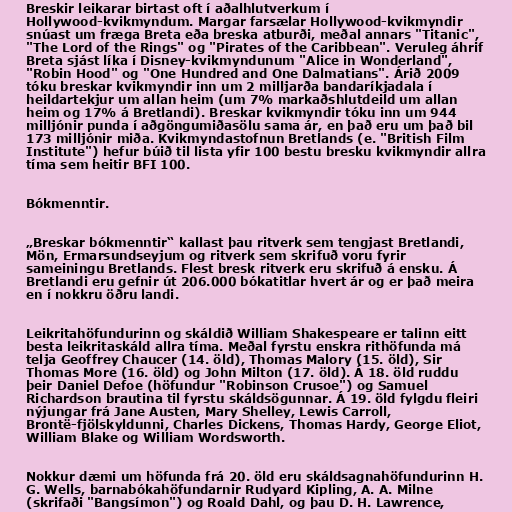
Breskir leikarar birtast oft í aðalhlutverkum í
Hollywood-kvikmyndum. Margar farsælar Hollywood-kvikmyndir
snúast um fræga Breta eða breska atburði, meðal annars "Titanic",
"The Lord of the Rings" og "Pirates of the Caribbean". Veruleg áhrif
Breta sjást líka í Disney-kvikmyndunum "Alice in Wonderland",
"Robin Hood" og "One Hundred and One Dalmatians". Árið 2009
tóku breskar kvikmyndir inn um 2 milljarða bandaríkjadala í
heildartekjur um allan heim (um 7% markaðshlutdeild um allan
heim og 17% á Bretlandi). Breskar kvikmyndir tóku inn um 944
milljónir punda í aðgöngumiðasölu sama ár, en það eru um það bil
173 milljónir miða. Kvikmyndastofnun Bretlands (e. "British Film
Institute") hefur búið til lista yfir 100 bestu bresku kvikmyndir allra
tíma sem heitir BFI 100.

Bókmenntir.

„Breskar bókmenntir“ kallast þau ritverk sem tengjast Bretlandi,
Mön, Ermarsundseyjum og ritverk sem skrifuð voru fyrir
sameiningu Bretlands. Flest bresk ritverk eru skrifuð á ensku. Á
Bretlandi eru gefnir út 206.000 bókatitlar hvert ár og er það meira
en í nokkru öðru landi.

Leikritahöfundurinn og skáldið William Shakespeare er talinn eitt
besta leikritaskáld allra tíma. Meðal fyrstu enskra rithöfunda má
telja Geoffrey Chaucer (14. öld), Thomas Malory (15. öld), Sir
Thomas More (16. öld) og John Milton (17. öld). Á 18. öld ruddu
þeir Daniel Defoe (höfundur "Robinson Crusoe") og Samuel
Richardson brautina til fyrstu skáldsögunnar. Á 19. öld fylgdu fleiri
nýjungar frá Jane Austen, Mary Shelley, Lewis Carroll,
Brontë-fjölskyldunni, Charles Dickens, Thomas Hardy, George Eliot,
William Blake og William Wordsworth.

Nokkur dæmi um höfunda frá 20. öld eru skáldsagnahöfundurinn H.
G. Wells, barnabókahöfundarnir Rudyard Kipling, A. A. Milne
(skrifaði "Bangsímon") og Roald Dahl, og þau D. H. Lawrence,